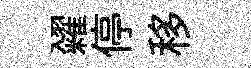
糴停移